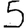
Digit: 5